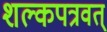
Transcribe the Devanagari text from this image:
शल्कपत्रवत्‌